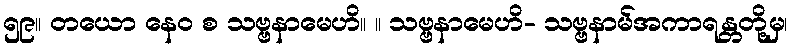
၅၉။ တယော နေဝ စ သဗ္ဗနာမေဟိ။ ။ သဗ္ဗနာမေဟိ- သဗ္ဗနာမ်အကာရန္တတို့မှ၊